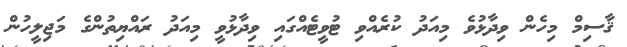
ޤާސިމް މިހެން ވިދާޅުވެ މިއަދު ކުރެއްވި ޓުވީޓެއްގައި ވިދާޅުވީ މިއަދު ރައްޔިތުންގެ މަޖިލީހުން